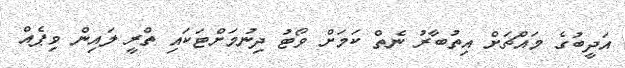
އަދީބުގެ މައްޗަށް އިތުބާރު ނެތް ކަމަށް ވޯޓު ދިނުމަށްޓަކައި ތްރީ ލައިން ވިޕެއް